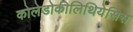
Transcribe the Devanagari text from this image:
कोलेडोकीलिथियेसिस